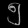
Digit: ၅